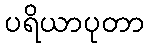
ပရိယာပုတာ